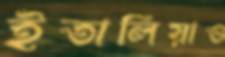
ইতালিয়াও